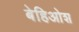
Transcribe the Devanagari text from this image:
बेहिओश